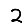
Digit: 2